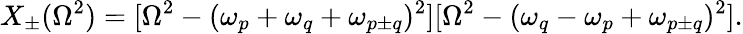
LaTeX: X_{\pm}(\Omega^{2})=[\Omega^{2}-(\omega_{p}+\omega_{q}+\omega_{p\pm q})^{2}][\Omega^{2}-(\omega_{q}-\omega_{p}+\omega_{p\pm q})^{2}].